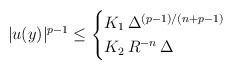
LaTeX: \begin{align*}|u(y)|^{p-1}\leq\begin{cases}K_1\,\Delta^{(p-1)/(n+p-1)} & \\K_2\,R^{-n}\,\Delta & \end{cases}\end{align*}